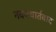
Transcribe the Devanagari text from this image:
नवयथार्तवाद